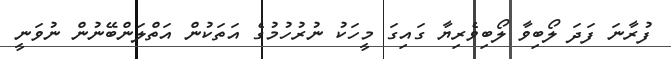
ފުރާނަ ފަދަ ލޯބިވާ ލޯބިވެރިޔާ ގައިގަ މީހަކު ނުރުހުމުގެ އަތަކުން އަތްލަންބޭނުން ނުވަނީ